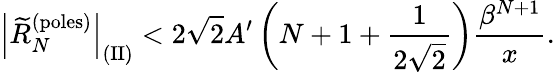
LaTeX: \left|\widetilde R_{N}^{\mathrm{(poles)}}\right|_{\mathrm{(II)}}<2\sqrt{2}A^{\prime}\left(N+1+{\frac{1}{2\sqrt{2}}}\right){\frac{\beta^{N+1}}{x}}.